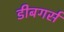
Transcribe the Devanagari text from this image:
डीबगर्स